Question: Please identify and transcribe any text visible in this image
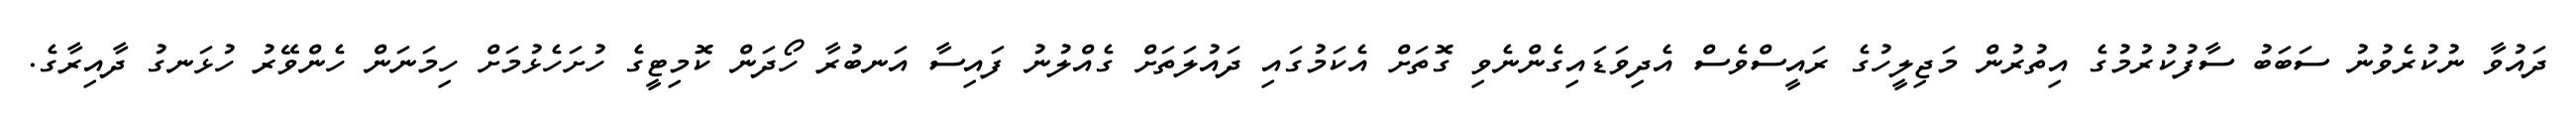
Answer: ދައުވާ ނުކުރެވުނު ސަބަބު ސާފުކުރުމުގެ އިތުރުން މަޖިލީހުގެ ރައީސްވެސް އެދިވަޑައިގެންނެވި ގޮތަށް އެކަމުގައި ދައުލަތަށް ގެއްލުނު ފައިސާ އަނބުރާ ހޯދަން ކޮމިޓީގެ ހުށަހެޅުމަށް ހިމަނަން ހެންވޭރު ހުޅަނގު ދާއިރާގެ.